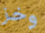
وخز